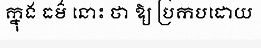
ក្នុង ធម៌ នោះ ថា ឱ្យ ប្រកបដោយ